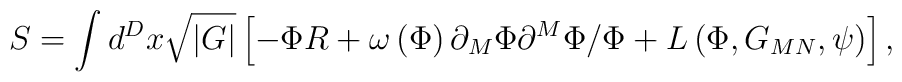
S=\int d^Dx\sqrt{\left| G\right| }\left[ -\Phi R+\omega \left( \Phi \right)\partial _M\Phi \partial ^M\Phi /\Phi +L\left( \Phi ,G_{MN},\psi \right)\right] ,